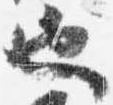
也